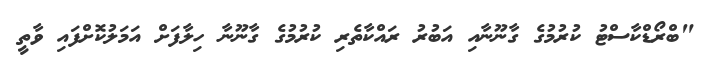
"ބްރޯޑްކާސްޓު ކުރުމުގެ ގާނޫނާއި އަބުރު ރައްކާތެރި ކުރުމުގެ ގާނޫނާ ހިލާފަށް އަމަލުކޮށްފައި ވާތީ